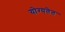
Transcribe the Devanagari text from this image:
योग्यतेत